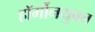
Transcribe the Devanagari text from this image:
हॉर्मोनयुक्त